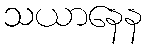
သယာနေန